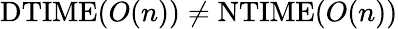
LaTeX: \mathrm{DTIME}(O(n))\neq\mathrm{NTIME}(O(n))